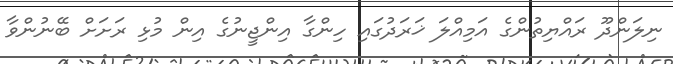
ނިލަންދޫ ރައްޔިތުންގެ އަމިއްލަ ޚަރަދުގައި ހިންގާ އިންޖީނުގެ އިން މުޅި ރަށަށް ބޭނުންވާ